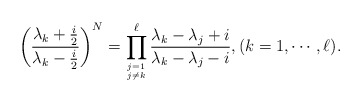
\begin{align*}\left(\frac{\lambda_k+\frac{i}{2}}{\lambda_k-\frac{i}{2}}\right)^N=\prod_{j=1 \atop j\neq k}^\ell\frac{\lambda_k-\lambda_j+i}{\lambda_k-\lambda_j-i},(k=1,\cdots,\ell).\end{align*}